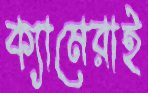
ক্যামেরাই